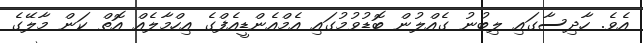
އެވެ. ހާދިސާގައި ލިބުނު ގެއްލުން ބޮޑުވުމުގައި އެމްއެންޑީއެފްގެ އިހްމާލެއް އޮތް ކަން މާލޭގެ